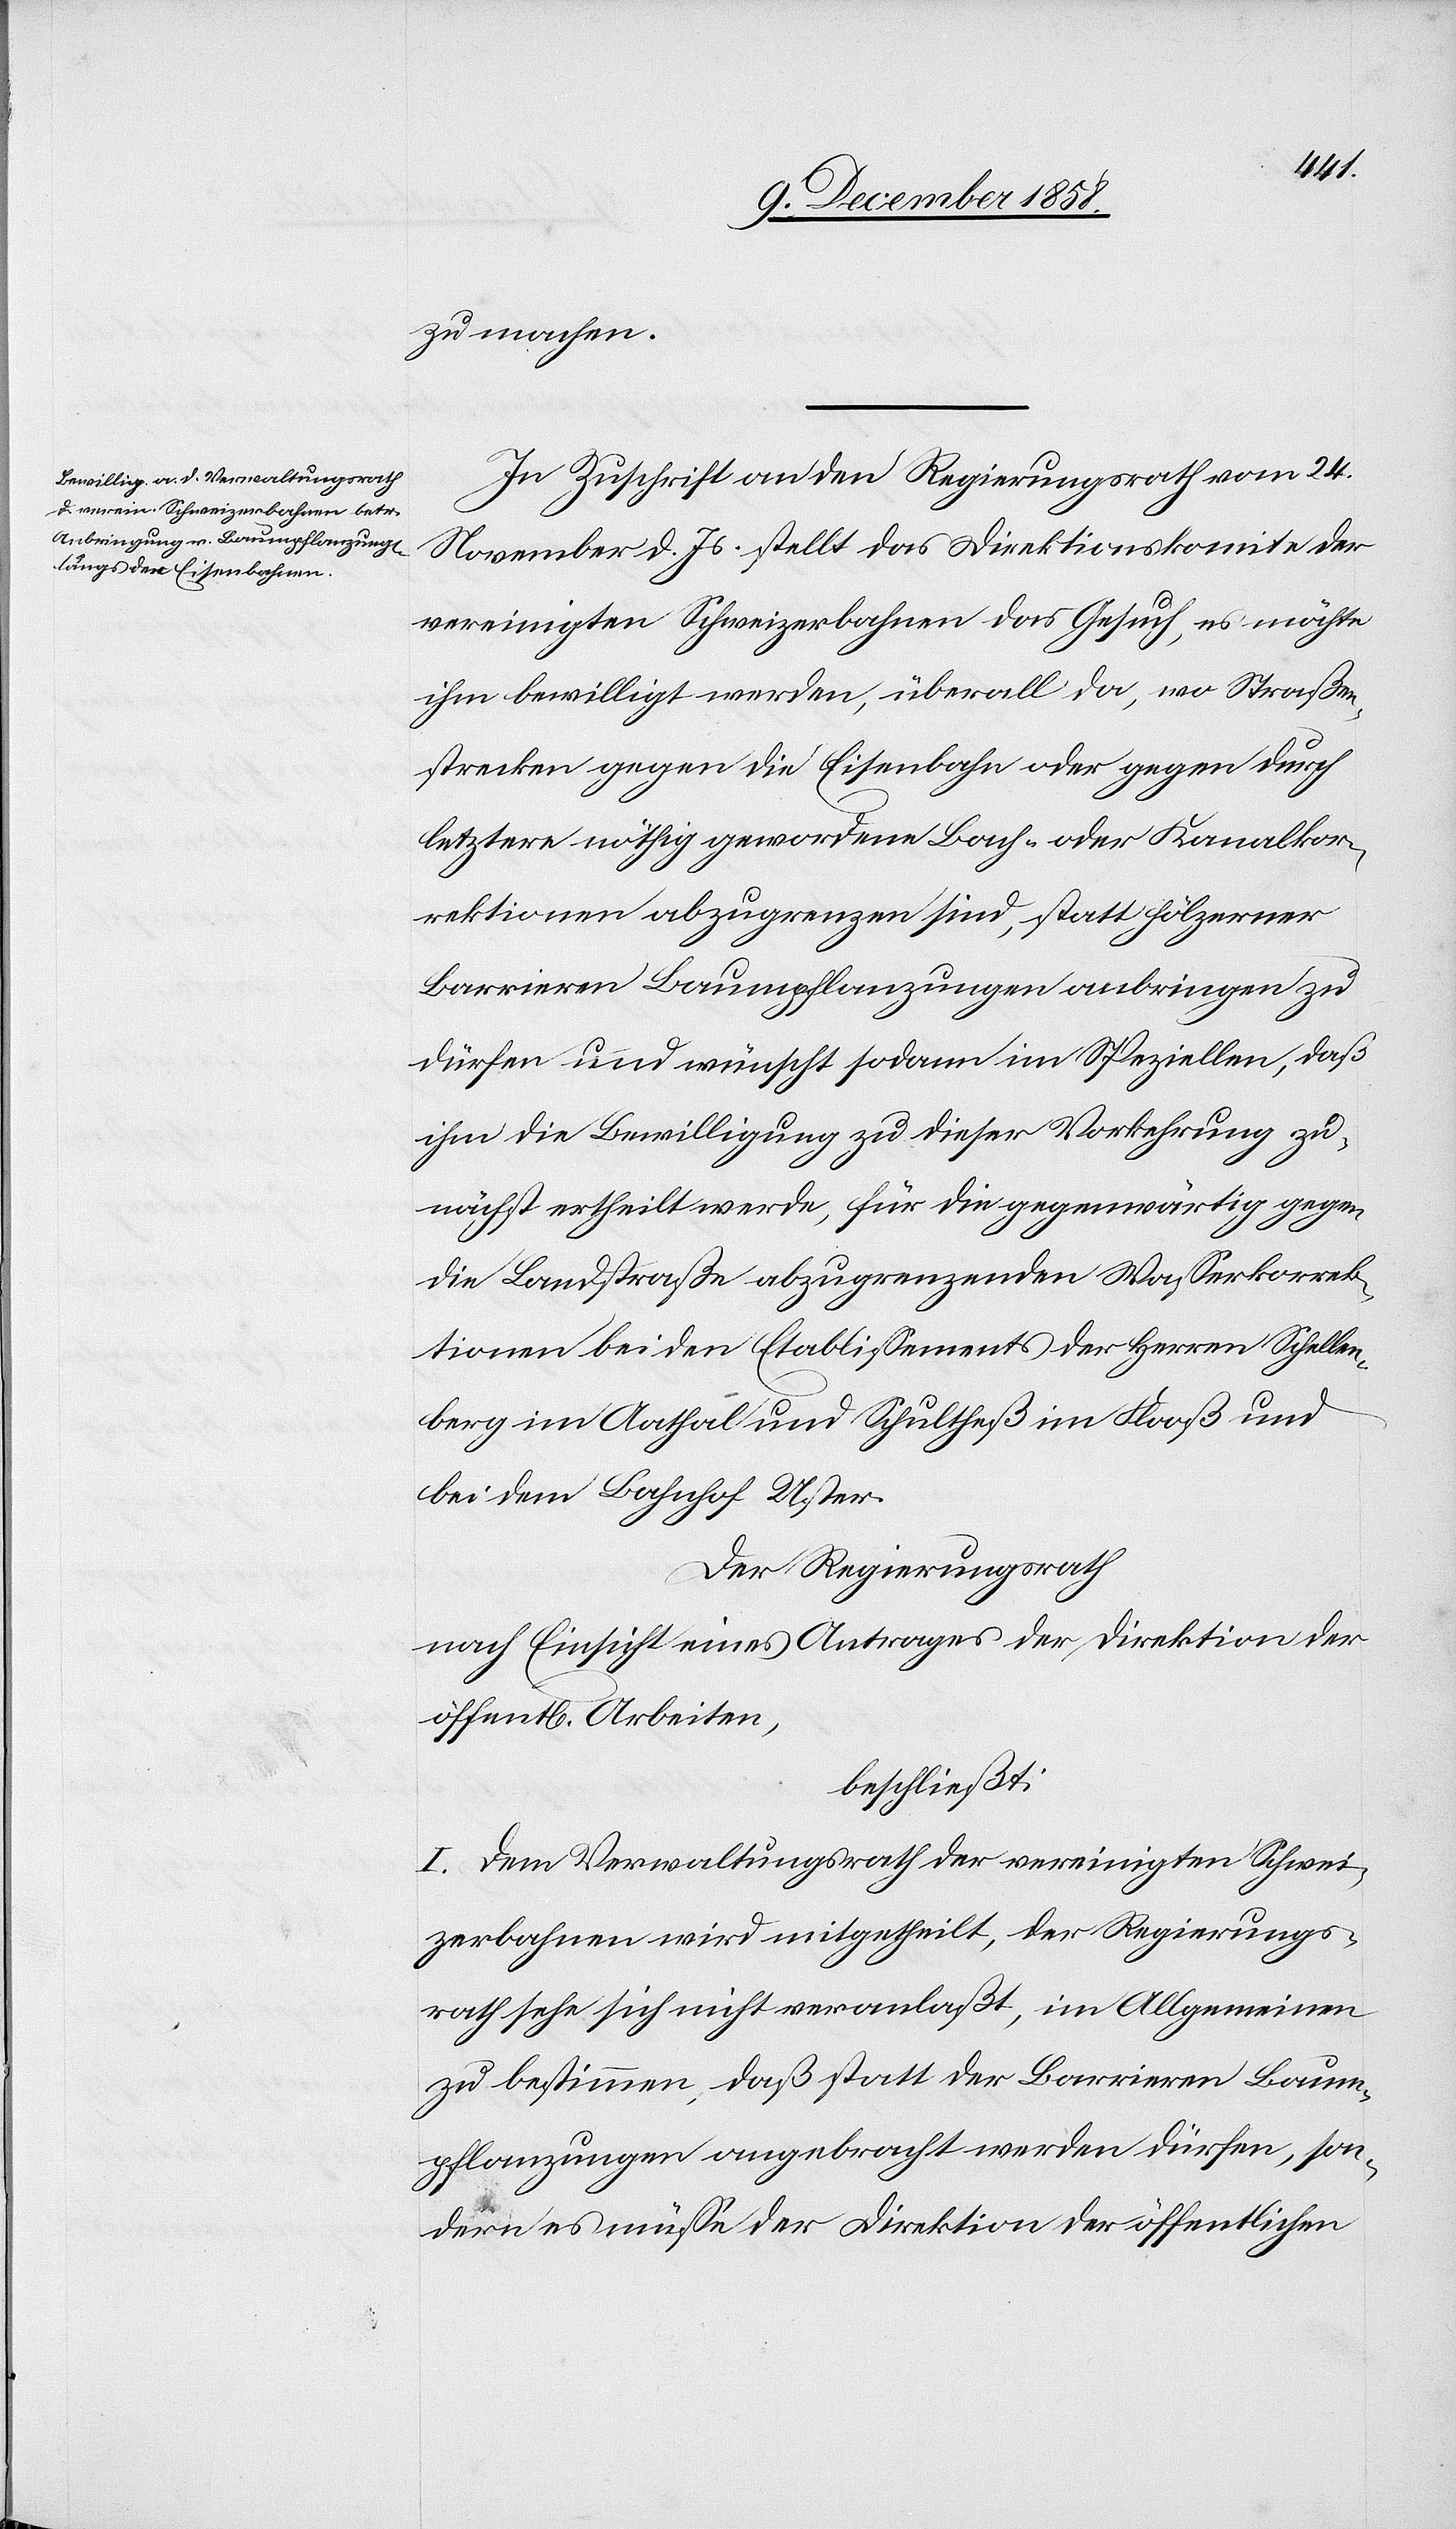
zu machen.
In Zuschrift an den Regierungsrath vom 24.
November d. Js. stellt das Direktionskomite der
vereinigten Schweizerbahnen das Gesuch, es möchte
ihm bewilligt werden, überall da, wo Straßen¬
strecken gegen die Eisenbahn oder gegen durch
letztere nöthig gewordene Bach- oder Kanalkor¬
rektionen abzugrenzen sind, statt hölzerner
Barrieren Baumpflanzungen anbringen zu
dürfen und wünscht sodann im Speziellen, daß
ihm die Bewilligung zu dieser Vorkehrung zu¬
nächst ertheilt werde, für die gegenwärtig gegen
die Landstraße abzugrenzenden Wasserkorrek¬
tionen bei den Etablissements der Herren Schellen¬
berg im Aathal und Schultheß im Flooß und
bei dem Bahnhof Uster.
Der Regierungsrath
nach Einsicht eines Antrages der Direktion der
beschließt:
I. Dem Verwaltungsrath der vereinigten Schwei¬
zerbahnen wird mitgetheilt, der Regierungs¬
rath sehe sich nicht veranlaßt, im Allgemeinen
zu bestimmen, daß statt der Barrieren Baum¬
pflanzungen angebracht werden dürfen, son¬
dern es müsse der Direktion der öffentlichen